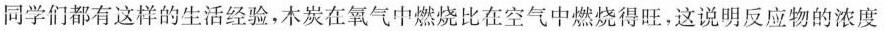
同学们都有这样的生活经验，木炭在氧气中燃烧比在空气中燃烧得旺，这说明反应物的浓度